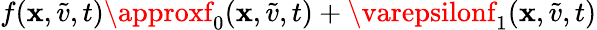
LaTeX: f(\mathbf{x},\tilde{{v}},t)\approxf_{0}(\mathbf{x},\tilde{{v}},t)+\varepsilonf_{1}(\mathbf{x},\tilde{{v}},t)